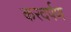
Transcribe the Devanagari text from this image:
करदर्पण